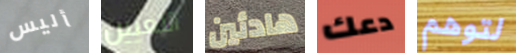
أليس التعيين هادئين دعك لتوهم